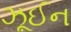
ઝૂઈન